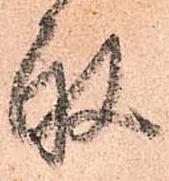
取